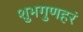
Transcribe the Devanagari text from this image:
शुभगुणहरं